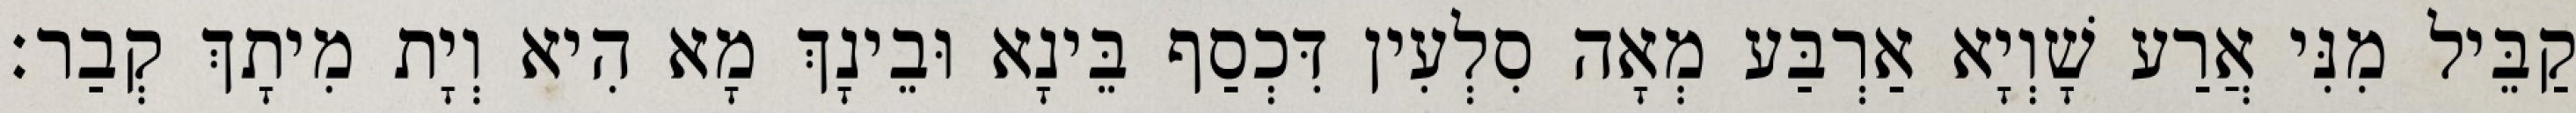
קַבֵּיל מִנִּי אֲרַע שָׁוְיָא אַרְבַּע מְאָה סִלְעִין דִּכְסַף בֵּינָא וּבֵינָךְ מָא הִיא וְיָת מִיתָךְ קְבַר׃